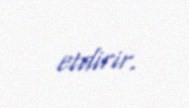
etdirir.